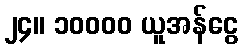
၂၄။ ၁၀၀၀၀ ယူအန်ငွေ